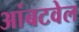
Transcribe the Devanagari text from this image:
आंबटवेल